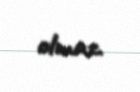
olmaz.